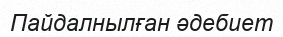
Пайдалнылған әдебиет